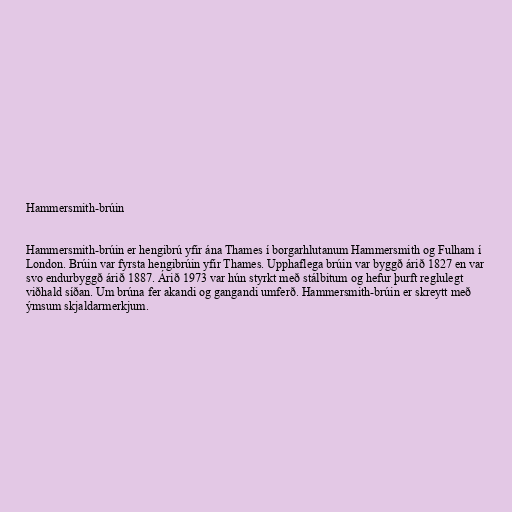
Hammersmith-brúin

Hammersmith-brúin er hengibrú yfir ána Thames í borgarhlutanum Hammersmith og Fulham í
London. Brúin var fyrsta hengibrúin yfir Thames. Upphaflega brúin var byggð árið 1827 en var
svo endurbyggð árið 1887. Árið 1973 var hún styrkt með stálbitum og hefur þurft reglulegt
viðhald síðan. Um brúna fer akandi og gangandi umferð. Hammersmith-brúin er skreytt með
ýmsum skjaldarmerkjum.